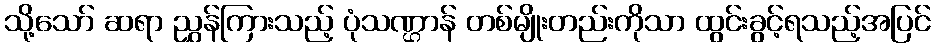
သို့သော် ဆရာ ညွှန်ကြားသည့် ပုံသဏ္ဌာန် တစ်မျိုးတည်းကိုသာ ထွင်းခွင့်ရသည့်အပြင်